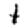
Digit: 1